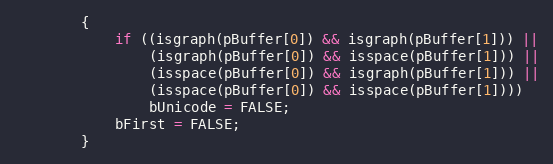
Language: C++
        {
            if ((isgraph(pBuffer[0]) && isgraph(pBuffer[1])) ||
                (isgraph(pBuffer[0]) && isspace(pBuffer[1])) ||
                (isspace(pBuffer[0]) && isgraph(pBuffer[1])) ||
                (isspace(pBuffer[0]) && isspace(pBuffer[1])))
                bUnicode = FALSE;
            bFirst = FALSE;
        }